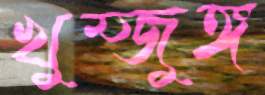
খুম্জুঙ্গ